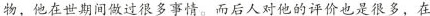
物，他在世期间做过很多事情。而后人对他的评价也是很多，在